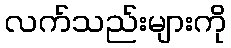
လက်သည်းများကို